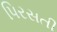
પિરસતી